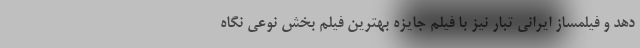
دهد و فیلمساز ایرانی تبار نیز با فیلم جایزه بهترین فیلم بخش نوعی نگاه